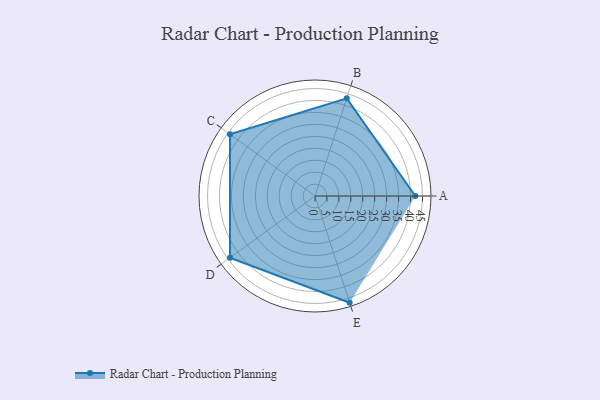
{"axis": {"x": "Skill", "y": "Score"}, "legend": ["Profile"], "data": [{"x": "A", "y": 42.0, "type": "Profile"}, {"x": "B", "y": 43.0, "type": "Profile"}, {"x": "C", "y": 44.0, "type": "Profile"}, {"x": "D", "y": 44.0, "type": "Profile"}, {"x": "E", "y": 47.0, "type": "Profile"}]}